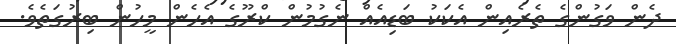
ދެން ވަގުންގެ ތެރެއިން އެކަކު ބަޑިއެއް ނެގުމުން ކްރޫގެ އެހެން މީހުން ބިރުގަތެވެ.